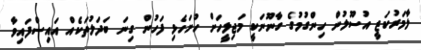
ލާމަރުކަޒީ އުސޫލުން ހިންގުމުގެ ގާނޫނަކީ މަޖިލީހަށް ހުށަހެޅި ފަހުން ގިނަ ބަދަލުތަކެއް އައިސްފައިވާ